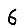
Digit: 6